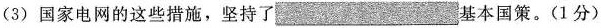
(3)国家电网的这些措施，坚持了 基本国策。(1分)